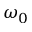
\omega _ { 0 }